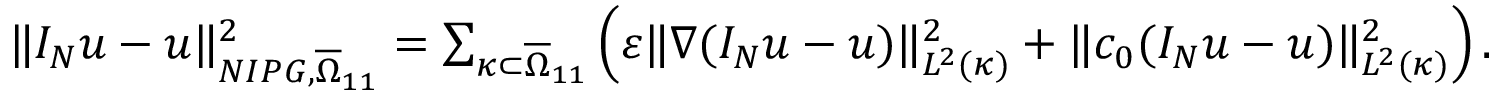
\begin{array} { r } { \Vert I _ { N } u - u \Vert _ { N I P G , \overline { { \Omega } } _ { 1 1 } } ^ { 2 } = \sum _ { \kappa \subset \overline { { \Omega } } _ { 1 1 } } \left( \varepsilon \Vert \nabla ( I _ { N } u - u ) \Vert _ { L ^ { 2 } ( \kappa ) } ^ { 2 } + \Vert c _ { 0 } ( I _ { N } u - u ) \Vert _ { L ^ { 2 } ( \kappa ) } ^ { 2 } \right) . } \end{array}